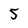
Character: 5